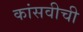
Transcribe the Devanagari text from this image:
कांसवीची